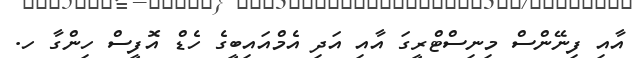
އާއި ފިނޭންސް މިނިސްޓްރީގަ އާއި އަދި އެމްއައިބީގެ ހެޑް އޮފީސް ހިންގާ ހ.